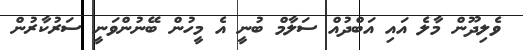
ވެލިދޫން މާލެ އައި އަބްދުއް ސަލާމް ބުނީ އެ މީހުން ބޭނުންވަނީ ސަރުކާރުން